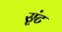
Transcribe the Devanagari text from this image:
सृंट